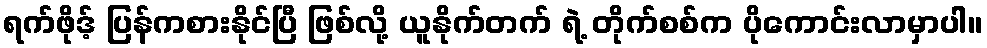
ရက်ဖိုဒ့် ပြန်ကစားနိုင်ပြီ ဖြစ်လို့ ယူနိုက်တက် ရဲ့ တိုက်စစ်က ပိုကောင်းလာမှာပါ။